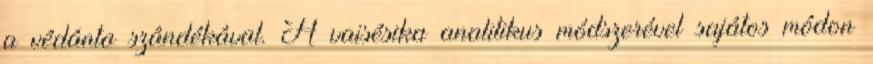
a védánta szándékával. A vaisésika analitikus módszerével sajátos módon